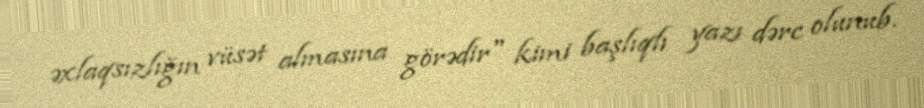
əxlaqsızlığın vüsət almasına görədir" kimi başlıqlı yazı dərc olunub.